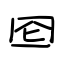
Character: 囵